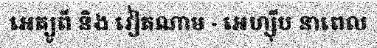
អេត្យូពី និង វៀតណាម - អេហ្ស៊ីប នាពេល